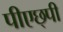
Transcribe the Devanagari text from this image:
पीएछ्पी